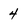
Character: 4